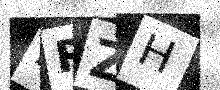
Text: MRZH